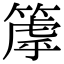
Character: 𥲉